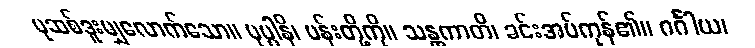
ပုဆစ်ဒူးမျှလောက်သော။ ပုပ္ပါနိ၊ ပန်းတို့ကို။ သန္တကာတိ၊ ခင်းအပ်ကုန်၏။ ဂင်္ဂါယ၊